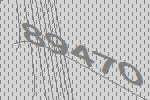
89470